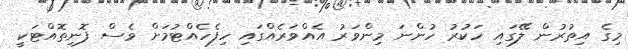
މިގެ އިތުރުން ލޭގައި ހަކުރު ހުންނަ މިންވަރު އެއްވަރެއްގައި ހިފެހެއްޓުމަށް ވެސް ފޮނިތޮއްޓަކީ